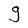
Character: g